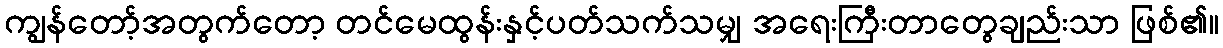
ကျွန်တော့်အတွက်တော့ တင်မေထွန်းနှင့်ပတ်သက်သမျှ အရေးကြီးတာတွေချည်းသာ ဖြစ်၏။